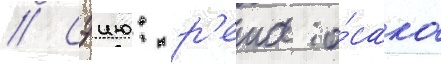
// Сэию: р'ета о́сака